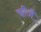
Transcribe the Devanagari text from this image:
चीजे़ें